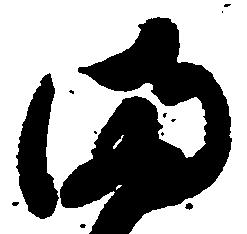
満